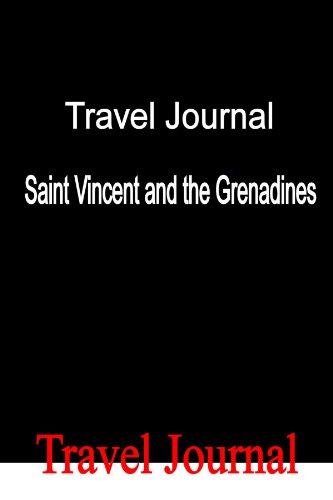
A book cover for Travel Journal Saint Vincent and the Grenadines; E Locken; Travel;